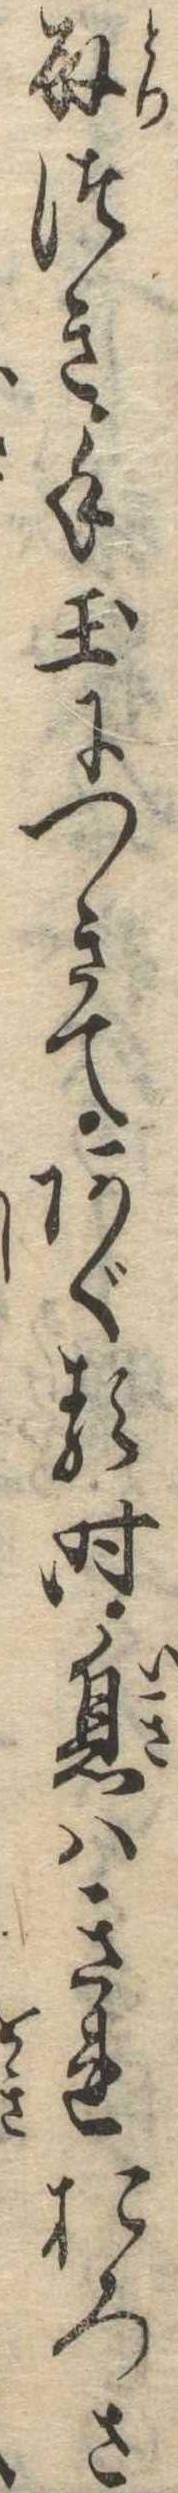
取つき手玉につきてあぐる時息はきれおろさ